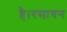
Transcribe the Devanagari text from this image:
है।रसायन